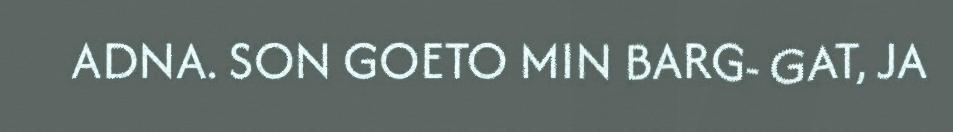
ADNA. SON GOETO MIN BARG- GAT, JA